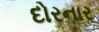
દોરનાર